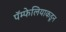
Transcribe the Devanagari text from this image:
पॅम्फेलियाकडून